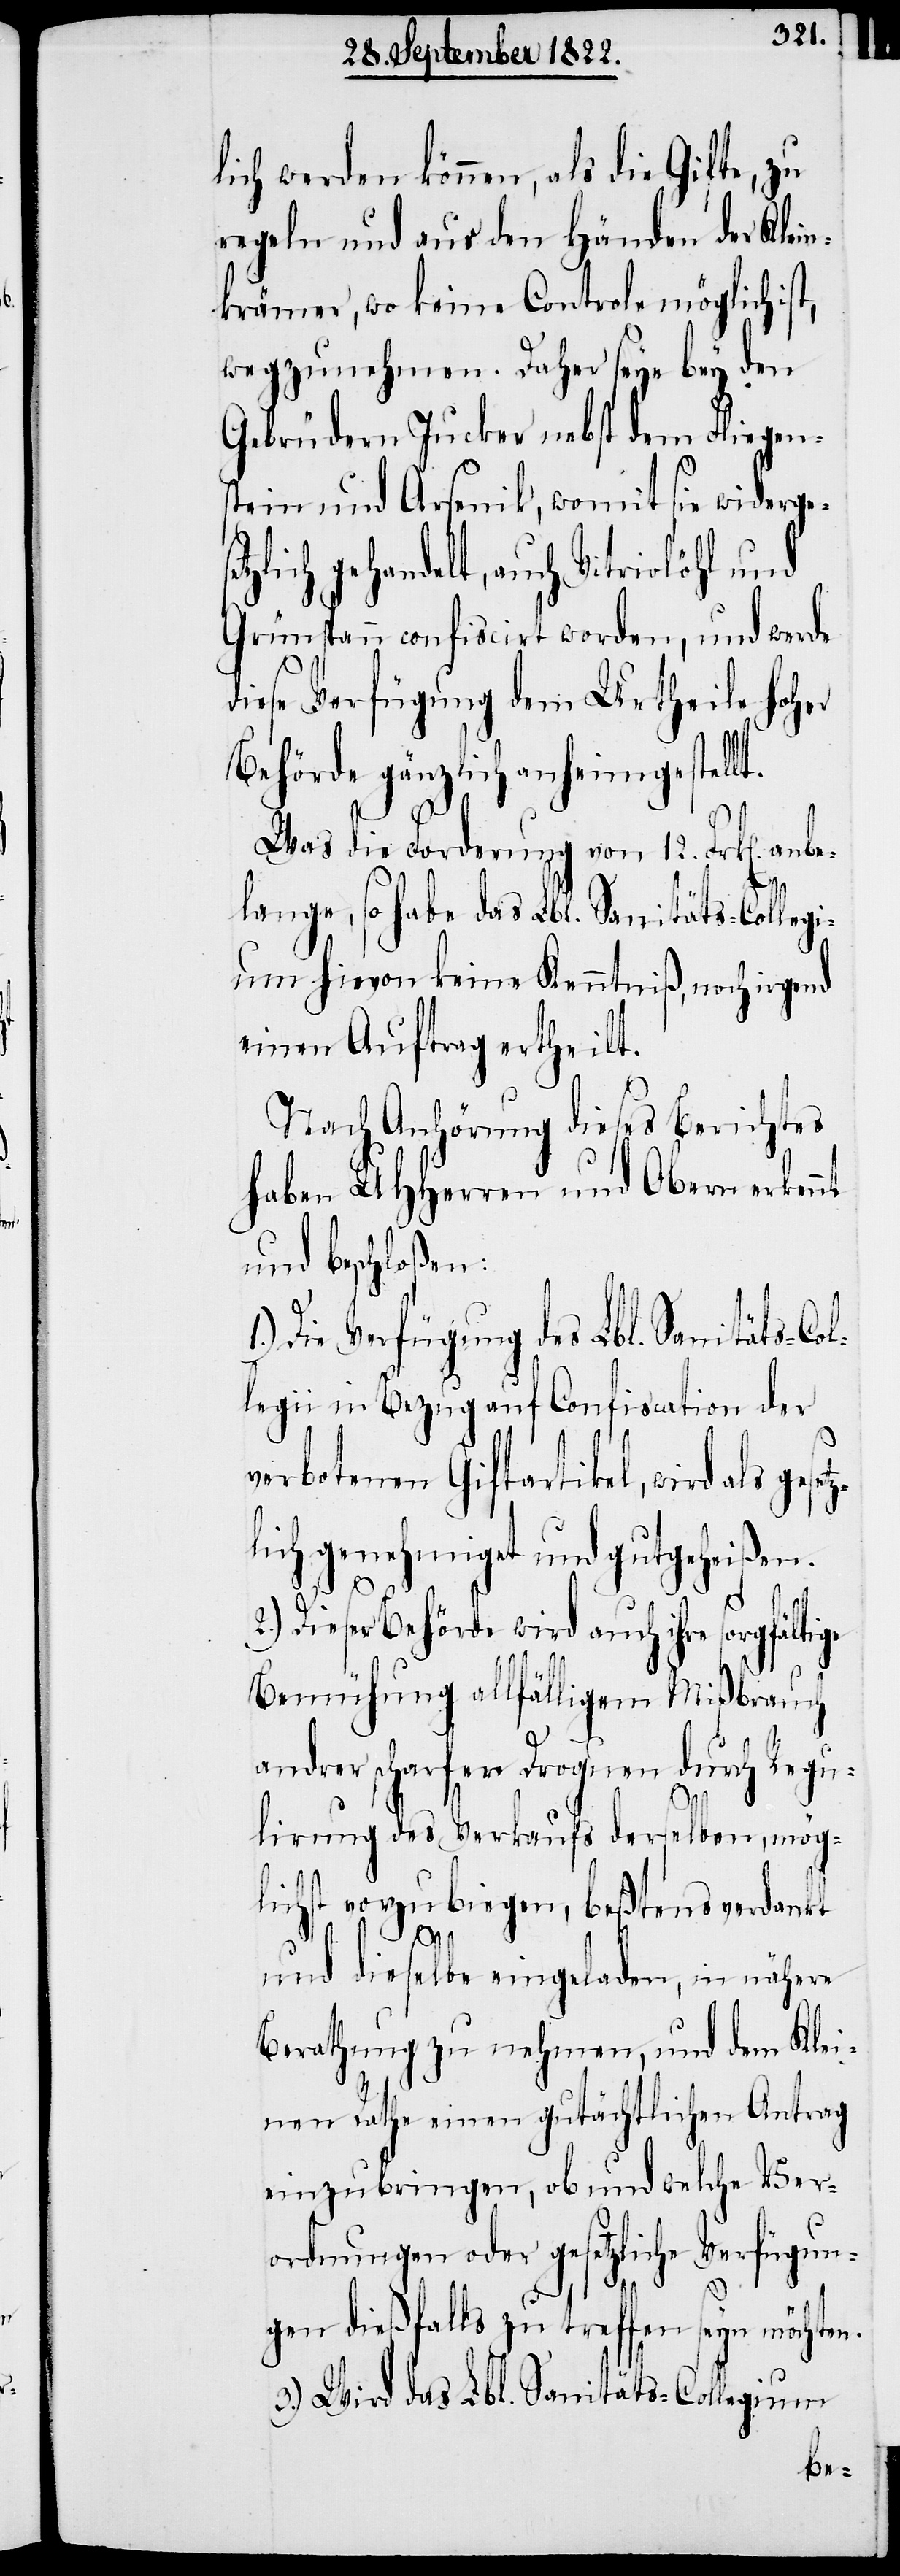
lich werden können, als die Gifte, zu
regeln und aus den Händen der Klein¬
krämer, wo keine Controle möglich ist,
wegzunehmen. Daher seye bey den
Gebrüdern Jucker nebst dem Fliegen¬
stein und Arsenik, womit sie widerge¬
zlich gehandelt, auch Vitriolöhl und
Grünspan confiscirt worden, und werde
diese Verfügung dem Urtheile Hoher
Behörde gänzlich anheimgestellt.
Was die Forderung von 12. Frk[en] anbe¬
lange, so habe das Lbl. Sanitäts-Colleg¬
ium hievon keine Kenntniß, noch irgend
einen Auftrag ertheilt.
Nach Anhörung diese Berichtes
haben UHHerrn und Obern erkennt
und beschloßen:
Die Verfügung des Lbl. Sanitäts-Co¬
legii in Bezug auf Confiscation der
verbotenen Giftartikel, wird als ges¬
lich genehmiget und gutgeheißen.
2.) Dieser Behörde wird auch ihre sorgfältige
Bemühung allfälligem Mißbrauch
andrer scharfer Droguen durch Regu¬
lirung des Verkaufs derselben, mög¬
lichst vorzubiegen, beßtens verdankt
etz¬
und dieselbe eingeladen, in nähere
Berathung zu nehmen, und dem Klei¬
nen Rathe einen gutächtlichen Antrag
einzubringen, ob und welche Ver¬
ordnungen oder gesetzliche Verfügun¬
gen dießfalls zu treffen seyn möchten.
3.) Wird das Lbl. Sanitäts-Collegium